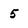
Character: 5